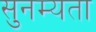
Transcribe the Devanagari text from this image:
सुनम्यता